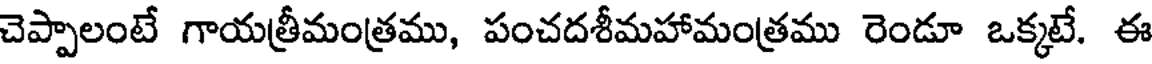
చెప్పాలంటే గాయత్రీమంత్రము, పంచదశీమహామంత్రము రెండూ ఒక్కటే. ఈ